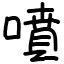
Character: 噴